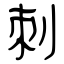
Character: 刺